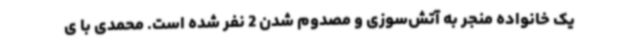
یک خانواده منجر به آتش‌سوزی و مصدوم شدن 2 نفر شده است. محمدی با ی